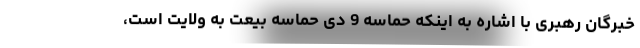
خبرگان رهبری با اشاره به اینکه حماسه 9 دی حماسه بیعت به ولایت است،